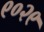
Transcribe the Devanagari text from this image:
९०२९